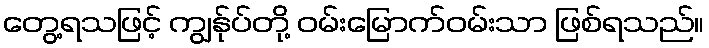
တွေ့ရသဖြင့် ကျွန်ုပ်တို့ ဝမ်းမြောက်ဝမ်းသာ ဖြစ်ရသည်။